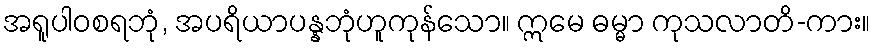
အရူပါဝစရဘုံ, အပရိယာပန္နဘုံဟူကုန်သော။ ဣမေ ဓမ္မာ ကုသလာတိ-ကား။